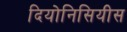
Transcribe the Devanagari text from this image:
दियोनिसियीस